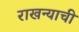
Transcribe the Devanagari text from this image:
राखन्याची